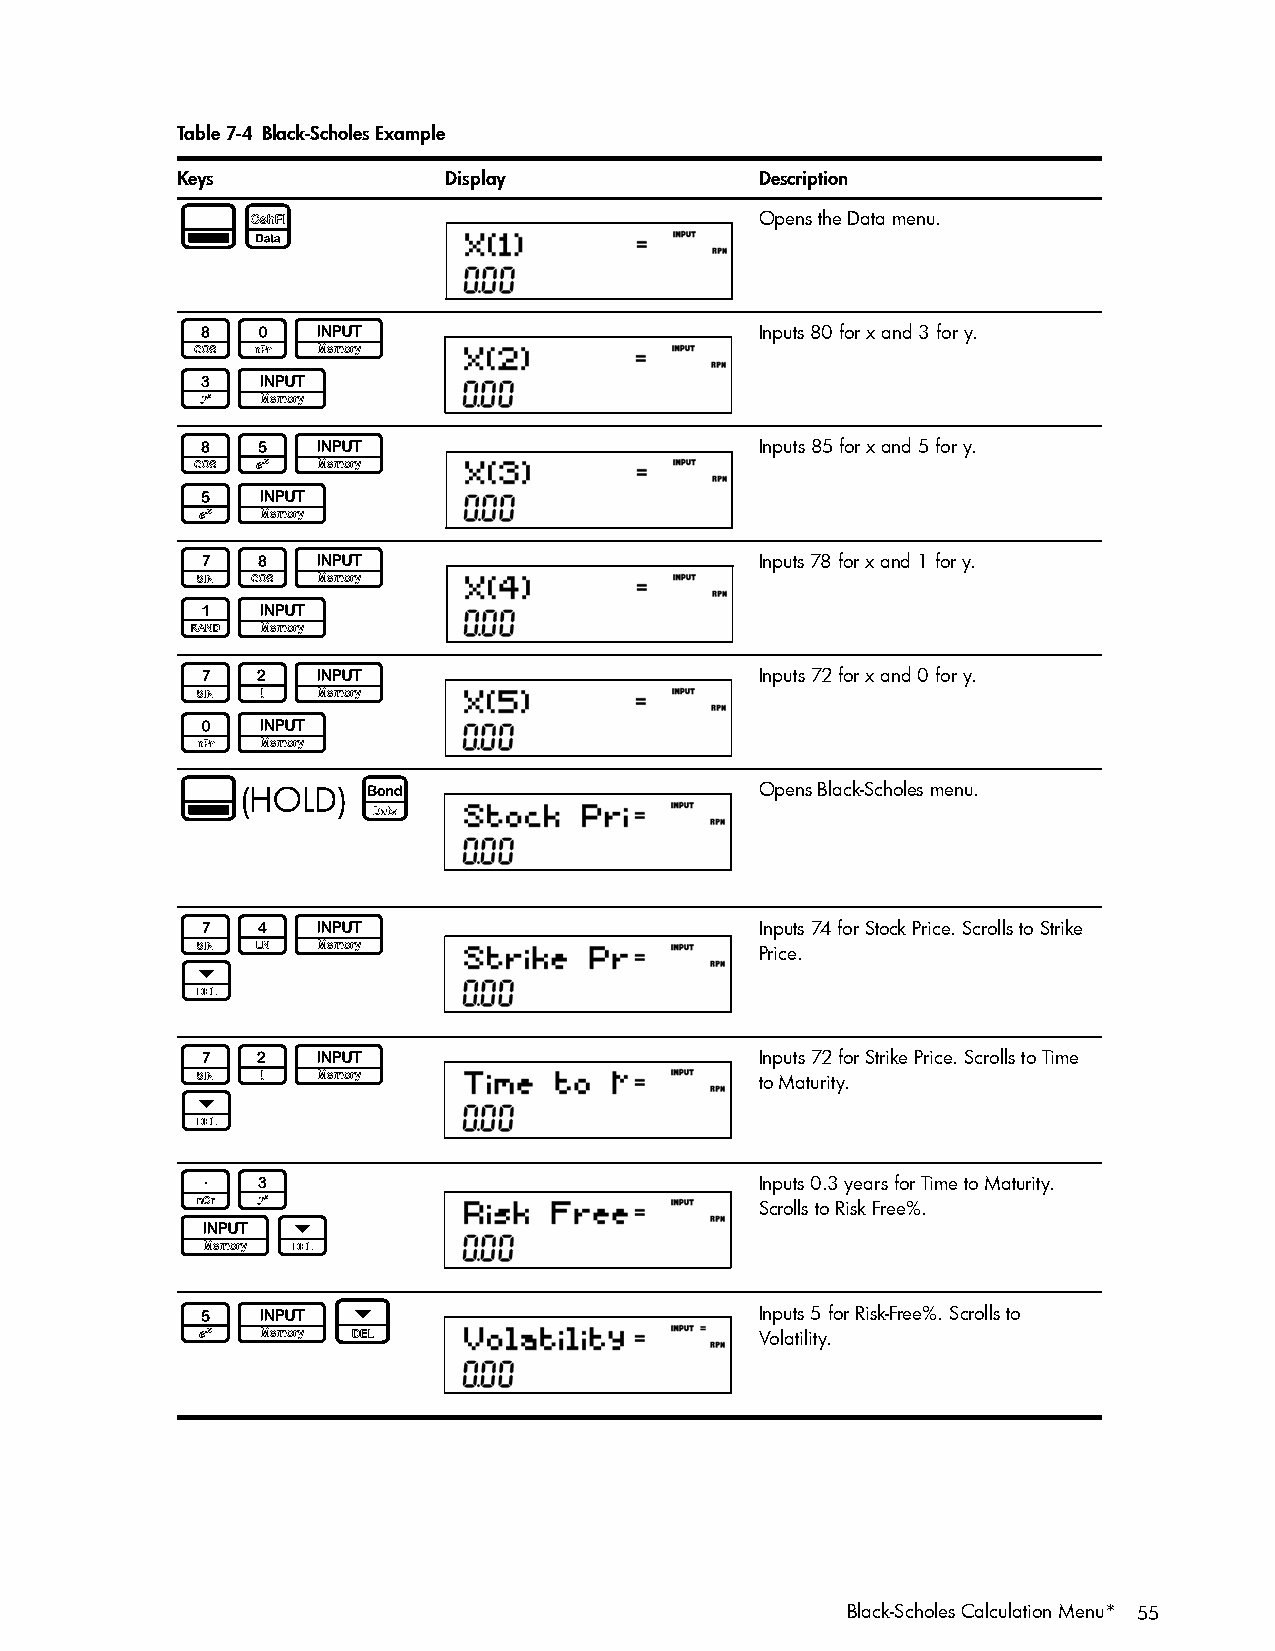
Table 7-4 Black-Scholes Example
 Keys              Display             Description
 :y                                    Opens the Data menu.
 80I                                   Inputs 80 for x and 3 for y.
 3I
 85I                                   Inputs 85 for x and 5 for y.
 5I
 78I                                   Inputs 78 for x and 1 for y.
 1I
 72I                                   Inputs 72 for x and 0 for y.
 0I
 :   (HOLD)  B                         Opens Black-Scholes menu.
 74I                                   Inputs 74 for Stock Price. Scrolls to Strike
 Price.
 <
 72I                                   Inputs 72 for Strike Price. Scrolls to Time
 to Maturity.
 <
 .3                                    Inputs 0.3 years for Time to Maturity.
 Scrolls to Risk Free%.
 I<
 5I<                                   Inputs 5 for Risk-Free%. Scrolls to
 Volatility.
 Black-Scholes Calculation Menu* 55